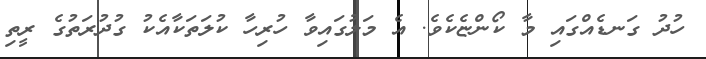
ހުދު ގަނޑެއްގައި މާ ކޯންޏެކެވެ. އެ މަލުގައިވާ ހުރިހާ ކުލަތަކާއެކު ގުދުރަތުގެ ރީތި